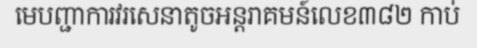
មេបញ្ជាការវរសេនាតូចអន្តរាគមន៍លេខ៣៨២ កាប់